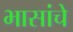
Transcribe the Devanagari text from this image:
भासांचे